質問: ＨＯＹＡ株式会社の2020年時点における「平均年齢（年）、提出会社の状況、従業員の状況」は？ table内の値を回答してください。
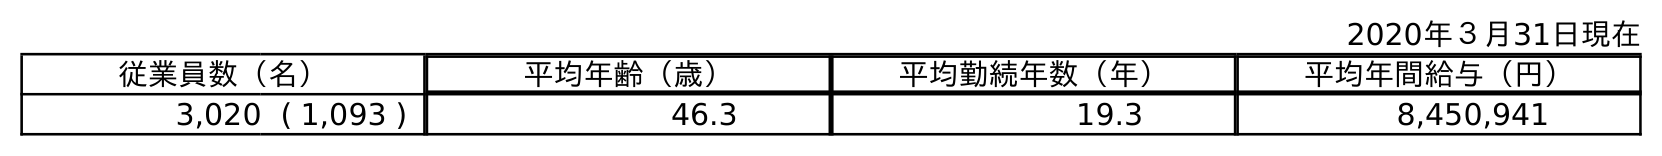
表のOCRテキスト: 2020年３月31日現在 従業員数（名） 平均年齢（歳） 平均勤続年数（年） 平均年間給与（円） 3,020 ( 1,093 ) 46.3 19.3 8,450,941
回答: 46.3